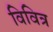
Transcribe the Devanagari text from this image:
विवित्र